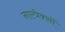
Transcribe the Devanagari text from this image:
नाल्त्रेक्सों